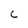
Character: C